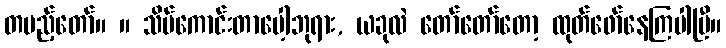
တပည့်တော်။ ။ သိပ်ကောင်းတာပေါ့ဘုရား, ယခုလဲ တော်တော်တော့ ထုတ်ဖော်နေကြပါပြီ။